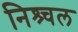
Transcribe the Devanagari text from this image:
निश्र्चल